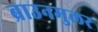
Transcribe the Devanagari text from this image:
ब्राउनमुलर